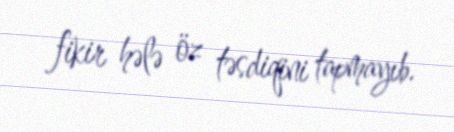
fikir hələ öz təsdiqini tapmayıb.